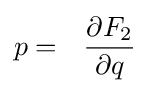
p=~~{\frac {\partial F_{2}}{\partial q}}\,\!